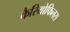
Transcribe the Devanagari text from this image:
कैरियोफिलस